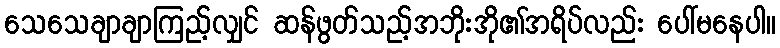
သေသေချာချာကြည့်လျှင် ဆန်ဖွတ်သည့်အဘိုးအို၏အရိပ်လည်း ပေါ်မနေပါ။